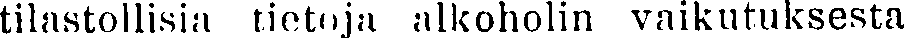
tilastollisia tietoja alkoholin vaikutuksesta